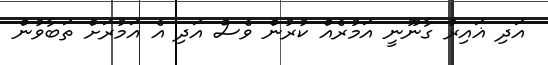
އަދި ޣައިރު ގާނޫނީ އަމުރެއް ކުރުން ވެސް އަދި އެ އަމުރަށް ތަބާވުން